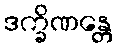
ဒက္ခိဏန္တေ